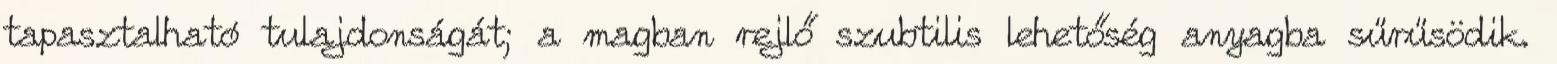
tapasztalható tulajdonságát; a magban rejlő szubtilis lehetőség anyagba sűrűsödik.